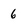
Character: 6